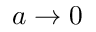
a \to 0